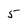
Character: 5